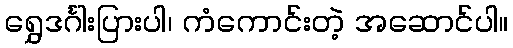
ရွှေဒင်္ဂါးပြားပါ၊ ကံကောင်းတဲ့ အဆောင်ပါ။